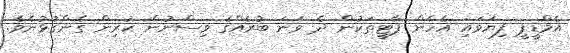
އެމްޑީޕީ ފިޔަވައި އެހެން ޕާޓީތަކުން ދެ ވަނަ ބުރެއްގެ ވިސްނުން ކުރިން ގެންގުޅުނެވެ.